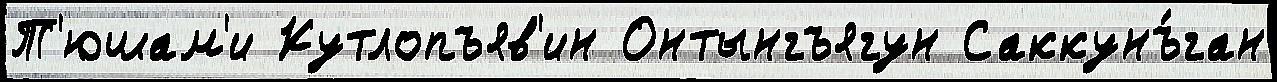
Т'юшам'и Кутлопъяв'ин Онтынгъягун Саккунъ́ган